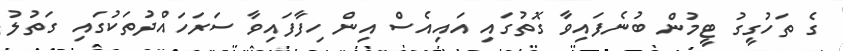
ގެ ތަހުގީގު ޓީމުން ބުނެފައިވާ ގޮތުގައި އައިއެސް އިން ހިފާފައިވާ ސަރަހައްދުތަކުގައި ގަތުލު